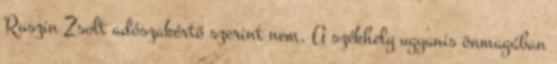
Ruszin Zsolt adószakértő szerint nem. A székhely ugyanis önmagában